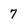
Character: 7